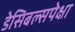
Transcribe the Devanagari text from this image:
डेसिबल्सपेक्षा